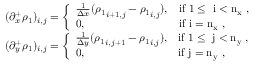
\begin{array} { r l } & { ( \partial _ { x } ^ { + } \rho _ { 1 } ) _ { i , j } = \left\{ \begin{array} { l l } { \frac { 1 } { \Delta x } ( { \rho _ { 1 } } _ { i + 1 , j } - { \rho _ { 1 } } _ { i , j } ) , } & { \mathrm { i f ~ 1 \leq ~ i < n _ x ~ } , } \\ { 0 , } & { \mathrm { i f ~ i = n _ x ~ } , } \end{array} \right. } \\ & { ( \partial _ { y } ^ { + } { \rho _ { 1 } } ) _ { i , j } = \left\{ \begin{array} { l l } { \frac { 1 } { \Delta y } ( { \rho _ { 1 } } _ { i , j + 1 } - { \rho _ { 1 } } _ { i , j } ) , } & { \mathrm { i f ~ 1 \leq ~ j < n _ y ~ } , } \\ { 0 , } & { \mathrm { i f ~ j = n _ y ~ } , } \end{array} \right. } \end{array}